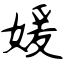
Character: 媛